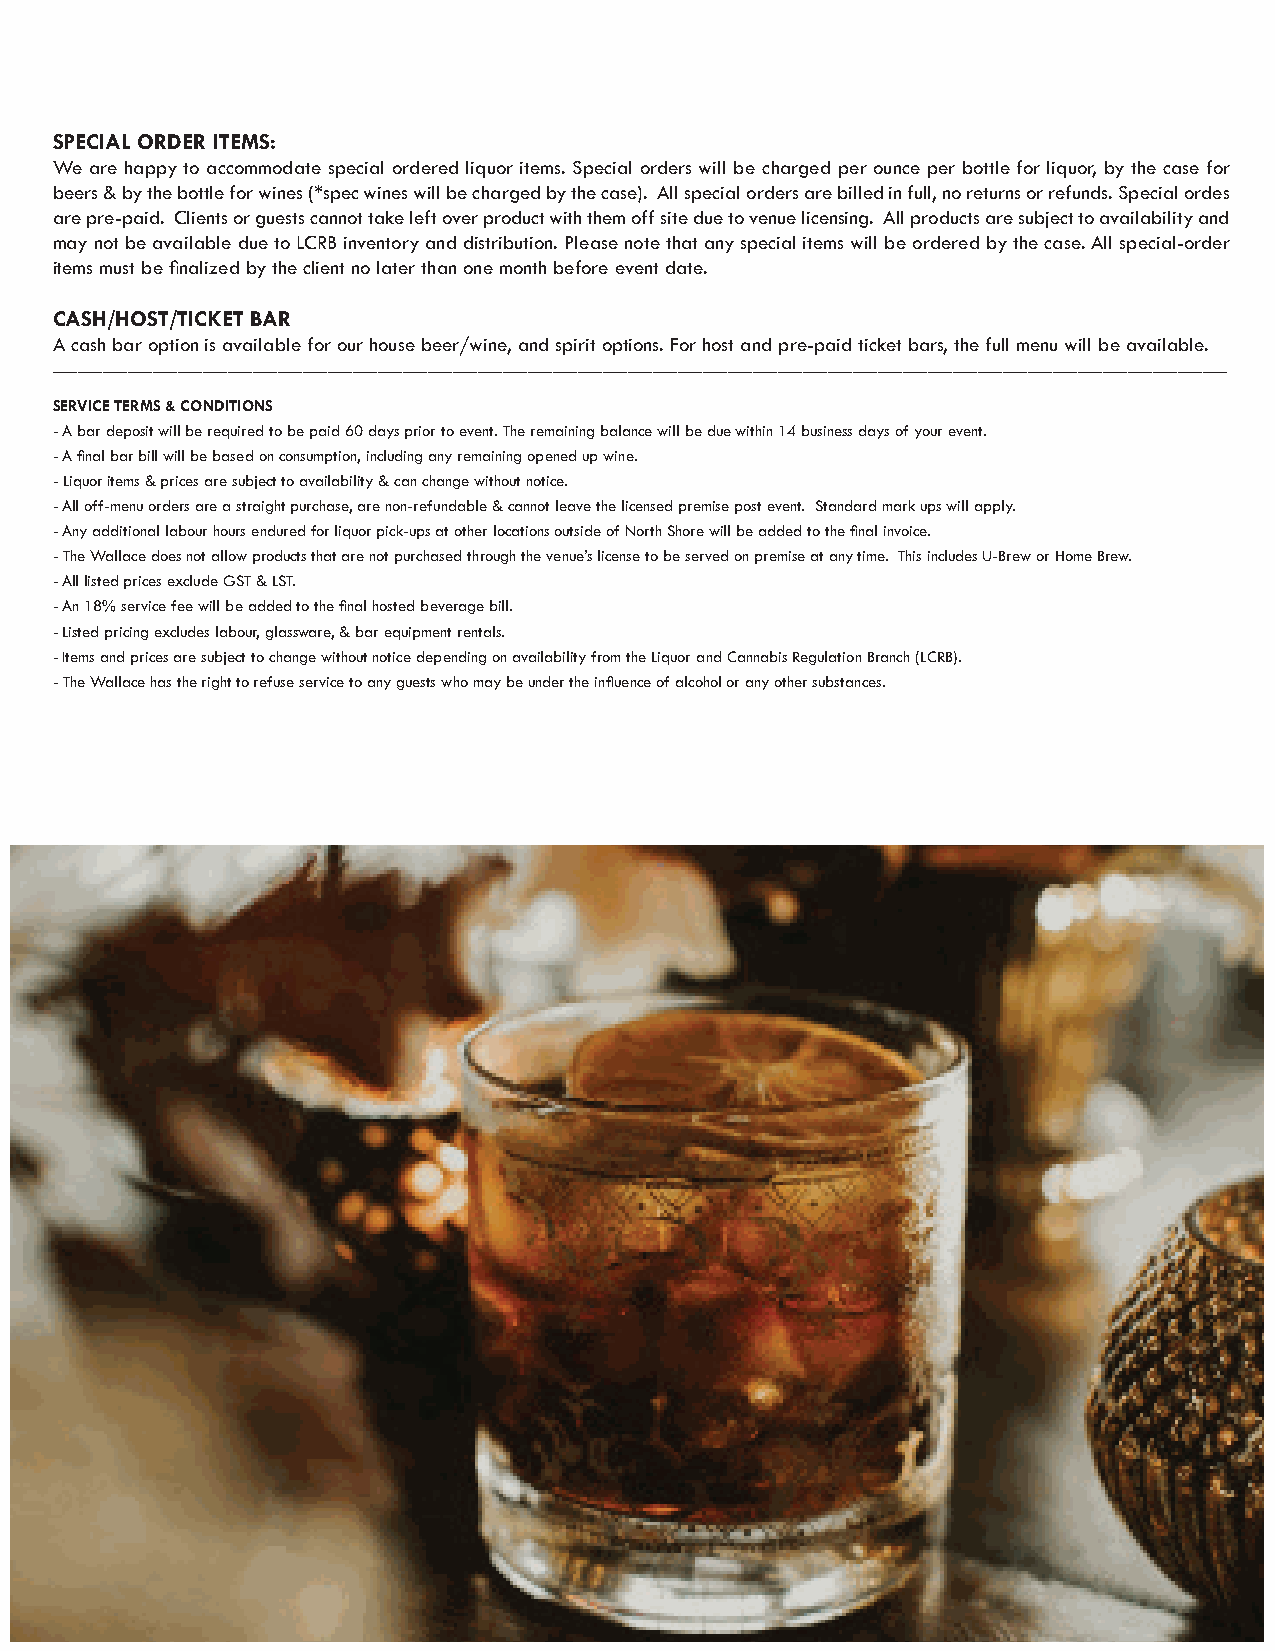
SPECIAL ORDER ITEMS:
 We are happy to accommodate special ordered liquor items. Special orders will be charged per ounce per bottle for liquor, by the case for
 beers & by the bottle for wines (*spec wines will be charged by the case). All special orders are billed in full, no returns or refunds. Special ordes
 are pre-paid. Clients or guests cannot take left over product with them off site due to venue licensing. All products are subject to availability and
 may not be available due to LCRB inventory and distribution. Please note that any special items will be ordered by the case. All special-order
 items must be finalized by the client no later than one month before event date.
 CASH/HOST/TICKET BAR
 A cash bar option is available for our house beer/wine, and spirit options. For host and pre-paid ticket bars, the full menu will be available.
 _____________________________________________________________________________________________________________________________________________
 SERVICE TERMS & CONDITIONS
 - A bar deposit will be required to be paid 60 days prior to event. The remaining balance will be due within 14 business days of your event.
 - A final bar bill will be based on consumption, including any remaining opened up wine.
 - Liquor items & prices are subject to availability & can change without notice.
 - All off-menu orders are a straight purchase, are non-refundable & cannot leave the licensed premise post event. Standard mark ups will apply.
 - Any additional labour hours endured for liquor pick-ups at other locations outside of North Shore will be added to the final invoice.
 - The Wallace does not allow products that are not purchased through the venue’s license to be served on premise at any time. This includes U-Brew or Home Brew.
 - All listed prices exclude GST & LST.
 - An 18% service fee will be added to the final hosted beverage bill.
 - Listed pricing excludes labour, glassware, & bar equipment rentals.
 - Items and prices are subject to change without notice depending on availability from the Liquor and Cannabis Regulation Branch (LCRB).
 - The Wallace has the right to refuse service to any guests who may be under the influence of alcohol or any other substances.